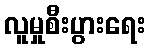
လူမှုစီးပွားရေး